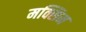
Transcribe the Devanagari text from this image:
मक्सिम